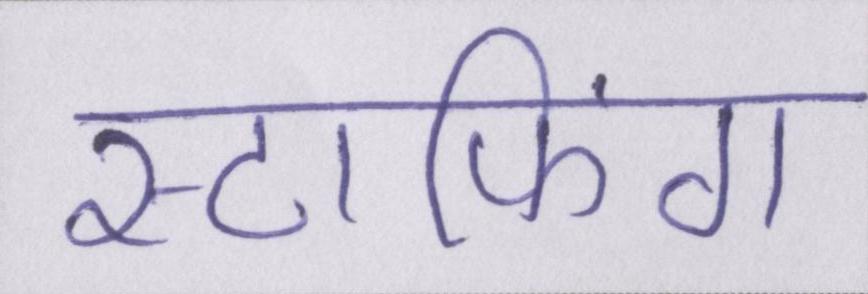
स्टाफिंग